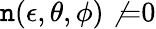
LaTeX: \mathtt{n}(\epsilon,\theta,\phi)\not{=}0